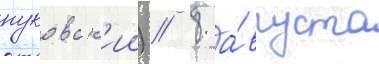
пуковск'ии) / 8 а́вгуста